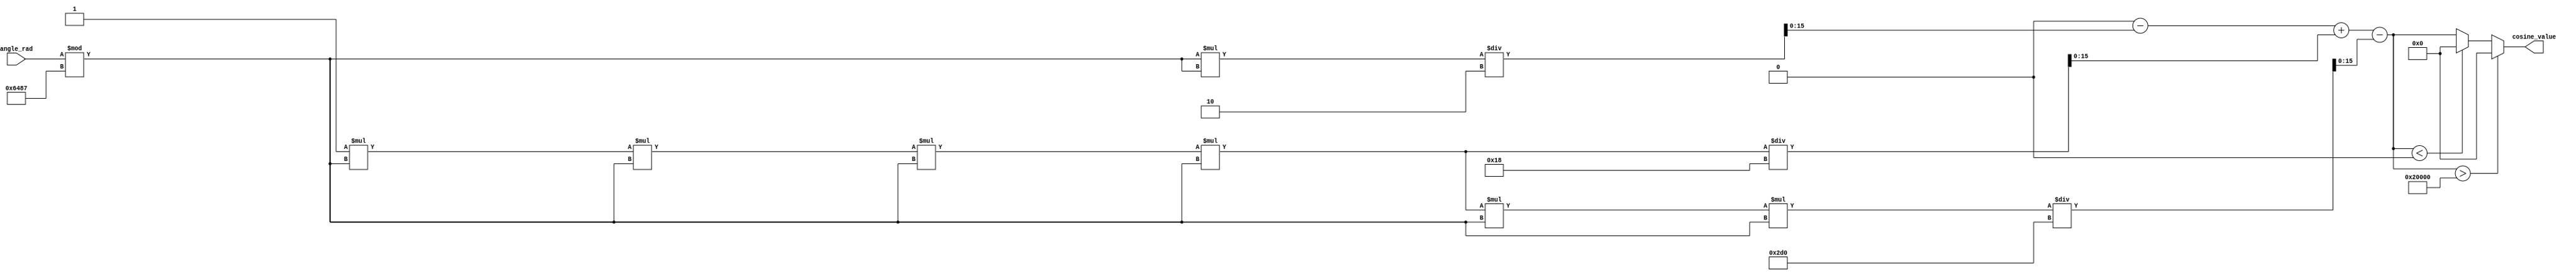
module cosine_block (
    input [15:0] angle_rad, // Input angle in radians (fixed-point 16.16)
    output reg [15:0] cosine_value // Output cosine value (fixed-point 16.16)
);
    reg [31:0] x; // Intermediate calculations (32 bits)
    
    // Constants
    localparam PI = 32'h3274; // Fixed-point representation of pi (approximately 3.14159)
    localparam TWO_PI = 32'h6487; // Fixed-point representation of 2*pi (approximately 6.28318)
    localparam SCALE = 32'h00010000; // Scale factor for fixed-point

    // Factorial and power calculations for Taylor series
    function [31:0] power;
        input [31:0] base;
        input [3:0] exp;
        integer i;
        begin
            power = 32'h00000001; // base^0
            for (i = 0; i < exp; i = i + 1) begin
                power = power * base;
            end
        end
    endfunction

    function [31:0] factorial;
        input [3:0] n;
        integer i;
        begin
            factorial = 1;
            for (i = 1; i <= n; i = i + 1) begin
                factorial = factorial * i;
            end
        end
    endfunction

    // Angle normalization in the range [0, 2PI]
    always @(*) begin
        x = angle_rad % (TWO_PI);
        
        // Taylor series approximation
        // cos(x) = 1 - x^2/2! + x^4/4! - x^6/6! + ...
        // Limit to first few terms for simplicity (you can extend this)
        
        cosine_value = SCALE; // Start with 1

        // Terms of Taylor series
        cosine_value = cosine_value - (x * x) / factorial(2); // x^2 / 2!
        cosine_value = cosine_value + (power(x, 4) / factorial(4)); // x^4 / 4!
        cosine_value = cosine_value - (power(x, 6) / factorial(6)); // x^6 / 6!

        // Ensure cosine_value is in the appropriate range [0, 2^16-1] and rounded if needed
        if (cosine_value > (SCALE << 1)) begin
            cosine_value = (SCALE << 1); // Saturate to 1.0
        end else if (cosine_value < 0) begin
            cosine_value = 0; // Saturate to 0
        end
    end
endmodule